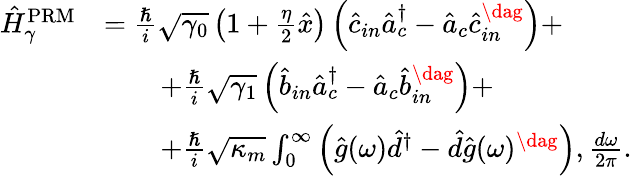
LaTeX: \begin{array}{rl}{\hat{H}_{\gamma}^{\mathrm{PRM}}}&{=\frac{\hslash}{i}\sqrt{\gamma_{0}}\left(1+\frac{\eta}{2}\hat{x}\right)\left(\hat{c}_{in}\hat{a}_{c}^{\dagger}-\hat{a}_{c}\hat{c}_{in}^{\dag}\right)+}\\ &{\qquad+\frac{\hslash}{i}\sqrt{\gamma_{1}}\left(\hat{b}_{in}\hat{a}_{c}^{\dagger}-\hat{a}_{c}\hat{b}_{in}^{\dag}\right)+}\\ &{\qquad+\frac{\hslash}{i}\sqrt{\kappa_{m}}\int_{0}^{\infty}\left(\hat{g}(\omega)\hat{d}^{\dagger}-\hat{d}\hat{g}(\omega)^{\dag}\right),\frac{d\omega}{2\pi}.}\end{array}